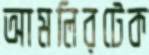
আমলিরটেক